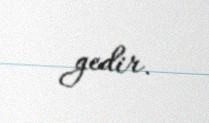
gedir.